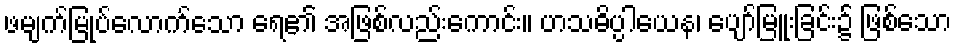
ဖမျက်မြုပ်လောက်သော ရေ၏ အဖြစ်လည်းကောင်း။ ဟသဓိပ္ပါယေန၊ ပျော်မြူးခြင်း၌ ဖြစ်သော